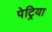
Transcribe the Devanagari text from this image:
पेट्रिया